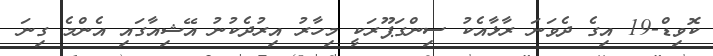
ކޮވިޑް-19 އިގެ ދެވަނަ ރާޅާއެކު ސިންގަޕޫރަކީ މިހާރު އިރުދެކުނު އޭޝިއާގައި އެންމެ ގިނަ